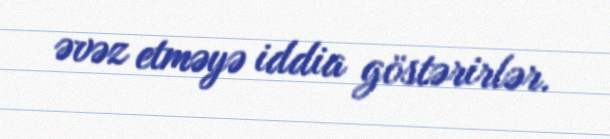
əvəz etməyə iddia göstərirlər.